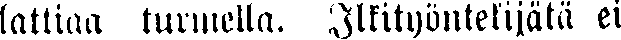
lattiaa turmella. Ilkityöntekijätä ei